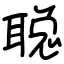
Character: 聪